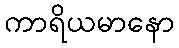
ကာရိယမာနော